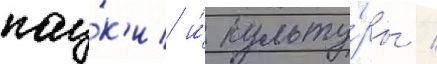
нау́к'и и́ культу́ры /